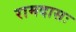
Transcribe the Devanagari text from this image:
रामदासः